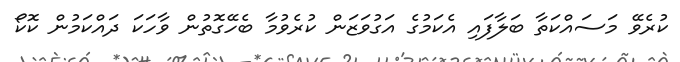
ކުރެވޭ މަސައްކަތާ ބަލާފައި އެކަމުގެ އަގުވަޒަން ކުރެވުމާ ބެހޭގޮތުން ވާހަކަ ދައްކަމުން ކޮކޯ